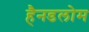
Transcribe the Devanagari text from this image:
हैनडलोम